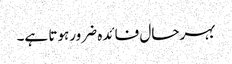
بہرحال فائدہ ضرورہوتا ہے۔